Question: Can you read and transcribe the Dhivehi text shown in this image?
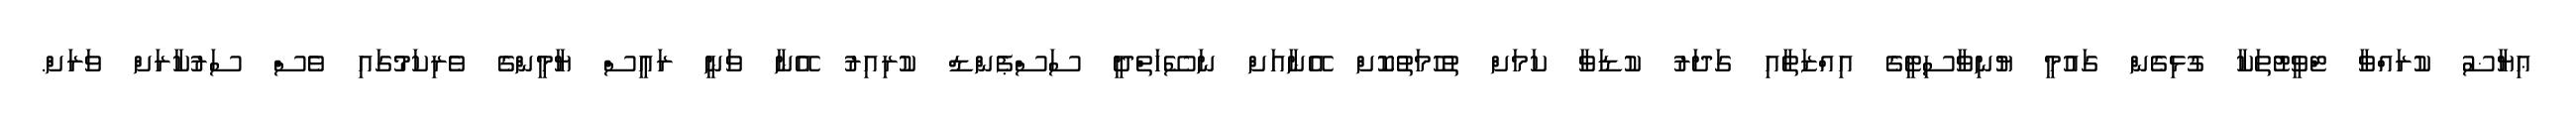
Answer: ޢިޔާޟު ކުރައްވާ ޓްވީޓުތަކާ ގުޅިގެން ގައުމީ ޔުނިވާސިޓީގެ އިއްޒަތާއި ގަދަރު ކުޑަވާ ކަމަށް ތުހުމަތުކޮށް އޭނާއަށް ނަސޭހަތްދީ ސަސްޕެންޑް ކުރިއިރު އޭނާ ވަނީ ރައީސް ޔާމީންގެ ވެރިކަމުގައި ވެސް ސަރުކާރަށް ވަރަށް.